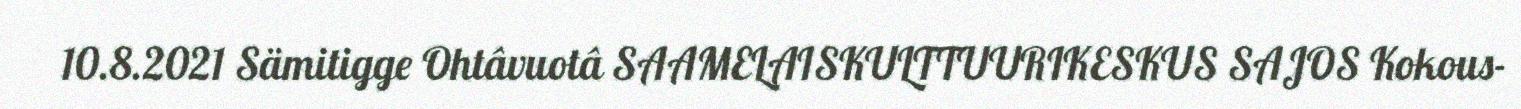
10.8.2021 Sämitigge Ohtâvuotâ SAAMELAISKULTTUURIKESKUS SAJOS Kokous-